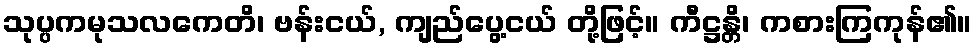
သုပ္ပကမုသလကေတိ၊ ဗန်းငယ်, ကျည်ပွေ့ငယ် တို့ဖြင့်။ ကီဋ္ဌန္တိ၊ ကစားကြကုန်၏။